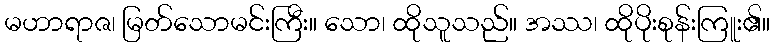
မဟာရာဇ၊ မြတ်သောမင်းကြီး။ သော၊ ထိုသူသည်။ အဿ၊ ထိုပိုးစုန်းကြူး၏။